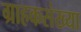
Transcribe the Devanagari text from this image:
ग्राहकसंख्या